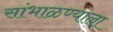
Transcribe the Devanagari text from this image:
सांभाळण्याला